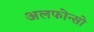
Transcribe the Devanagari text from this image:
अलफोन्सो